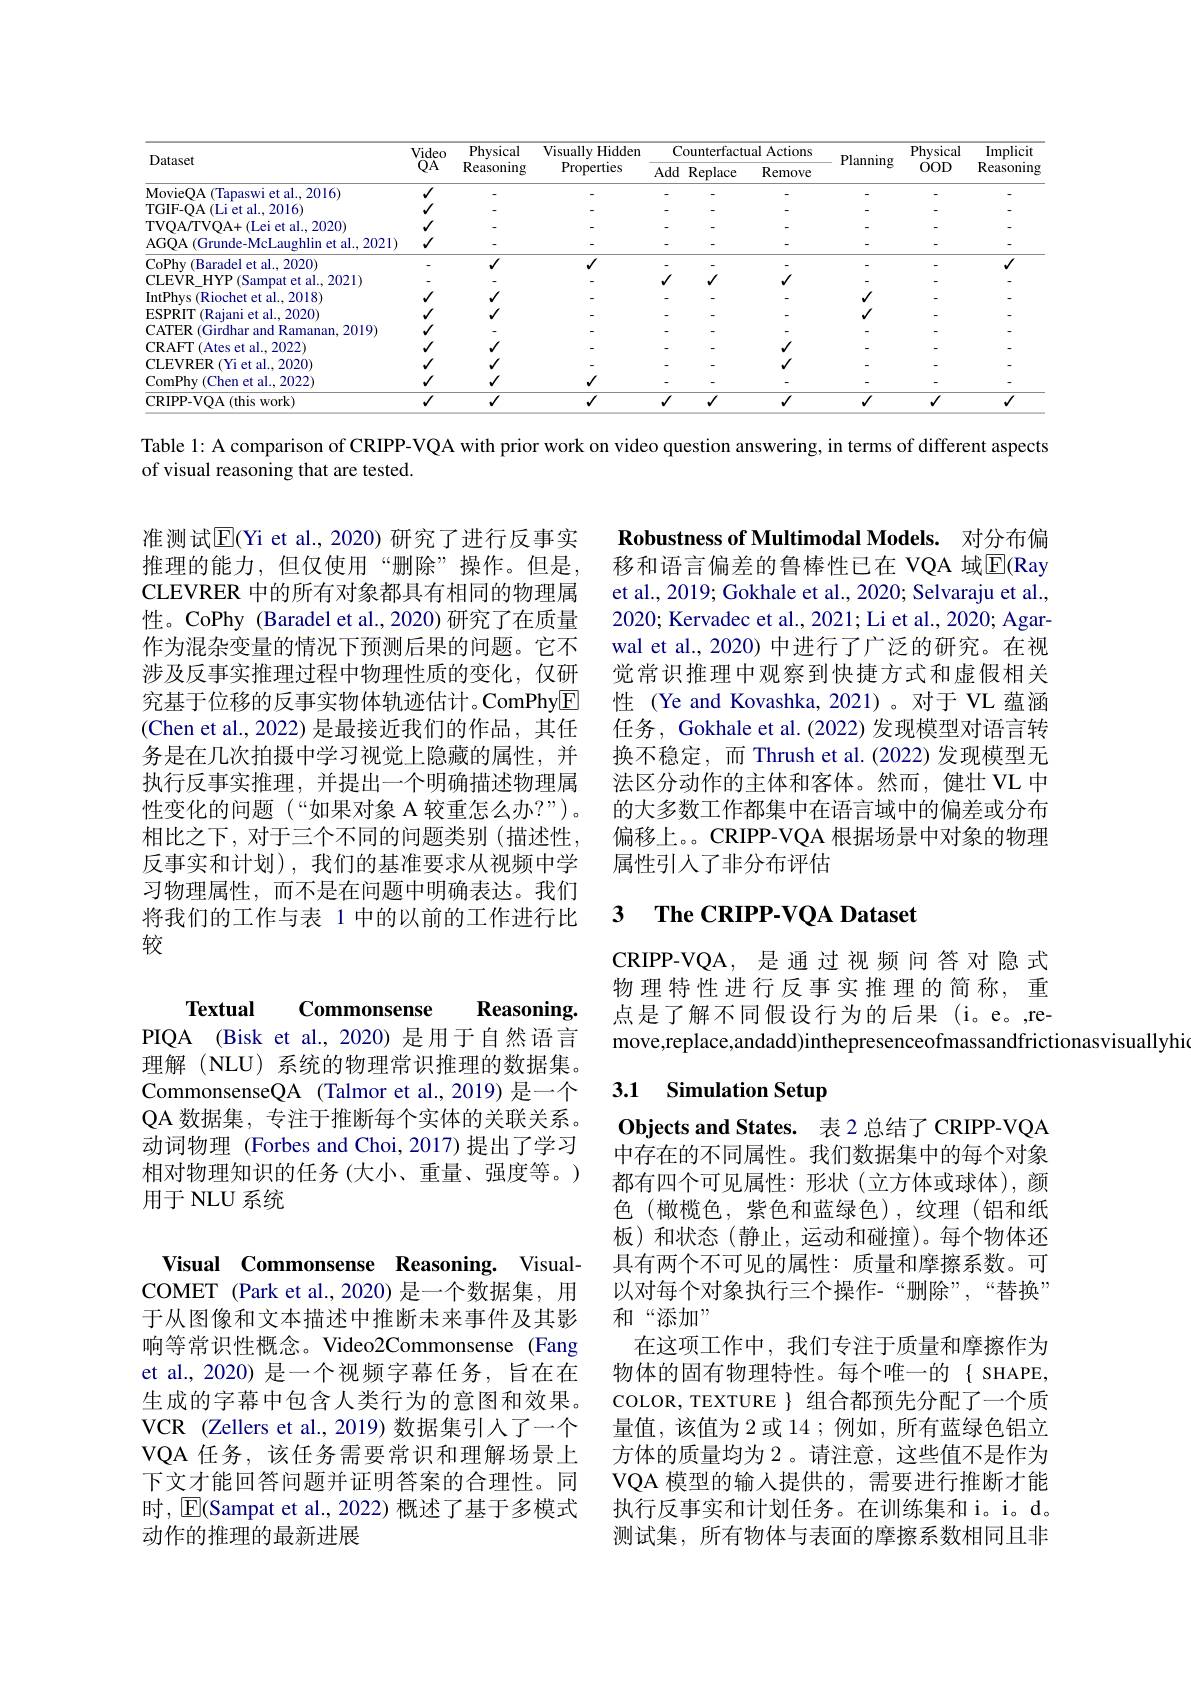
<table>
	<tbody>
		<tr>
			<th rowspan="2">Dataset</th>
			<th rowspan="2">Video $QA$</th>
			<th rowspan="2">Physical Reasoning</th>
			<th rowspan="2">Visually H Hidden Properties</th>
			<th colspan="3">Counterfactual Actions</th>
			<th rowspan="2">Planning</th>
			<th rowspan="2">Physical $00D$</th>
			<th rowspan="2">$\operatorname{Implicit}$ Reasoning</th>
		</tr>
		<tr>
			<th>Add</th>
			<th>Replace</th>
			<th>Remove</th>
		</tr>
		<tr>
			<td>MovieOA (Tapaswi et al..2016)</td>
			<td>$√$</td>
			<td> </td>
			<td> </td>
			<td> </td>
			<td> </td>
			<td> </td>
			<td> </td>
			<td> </td>
			<td> </td>
		</tr>
		<tr>
			<td>TGIF-OA(Li et al., 2016)</td>
			<td>$\checkmark$</td>
			<td> </td>
			<td> </td>
			<td>-</td>
			<td> </td>
			<td> </td>
			<td> </td>
			<td> </td>
			<td> </td>
		</tr>
		<tr>
			<td>TVOA/TVOA+(Lei et al., 2020)</td>
			<td>$\checkmark$</td>
			<td> </td>
			<td> </td>
			<td>-</td>
			<td> </td>
			<td> </td>
			<td> </td>
			<td> </td>
			<td> </td>
		</tr>
		<tr>
			<td>AGQA (Grunde-McLaughlin et al., 2021)</td>
			<td>$√$</td>
			<td> </td>
			<td> </td>
			<td>-</td>
			<td> </td>
			<td> </td>
			<td> </td>
			<td> </td>
			<td> </td>
		</tr>
		<tr>
			<td>CoPhy ( Baradel et al. , 2020) </td>
			<td> </td>
			<td>$√$</td>
			<td>$√$</td>
			<td> </td>
			<td> </td>
			<td> </td>
			<td> </td>
			<td> </td>
			<td>$√$</td>
		</tr>
		<tr>
			<td>CLEVR HYP (Sampat et al., 2021)</td>
			<td> </td>
			<td> </td>
			<td> </td>
			<td>$√$</td>
			<td>$√$</td>
			<td>$√$</td>
			<td> </td>
			<td> </td>
			<td> </td>
		</tr>
		<tr>
			<td>IntPhys (Riochet et al..2018</td>
			<td>$\checkmark$</td>
			<td>$√$</td>
			<td> </td>
			<td> </td>
			<td> </td>
			<td> </td>
			<td>$√$</td>
			<td> </td>
			<td> </td>
		</tr>
		<tr>
			<td>$-NPK$ t 21 2020</td>
			<td>$√$</td>
			<td>$√$</td>
			<td> </td>
			<td> </td>
			<td> </td>
			<td> </td>
			<td>$√$</td>
			<td> </td>
			<td> </td>
		</tr>
		<tr>
			<td>CATER (Girdhar and Ramanan, 2019)</td>
			<td>$\checkmark$</td>
			<td> </td>
			<td> </td>
			<td> </td>
			<td> </td>
			<td> </td>
			<td> </td>
			<td> </td>
			<td> </td>
		</tr>
		<tr>
			<td>CRAFT ( Ates et al. , 2022</td>
			<td>$\checkmark$</td>
			<td>$√$</td>
			<td> </td>
			<td> </td>
			<td> </td>
			<td>$√$</td>
			<td> </td>
			<td> </td>
			<td> </td>
		</tr>
		<tr>
			<td>CLEVRER (Yi et al..2020)</td>
			<td>$\checkmark$</td>
			<td>$√$</td>
			<td> </td>
			<td> </td>
			<td> </td>
			<td>$√$</td>
			<td> </td>
			<td> </td>
			<td> </td>
		</tr>
		<tr>
			<td>ComPhy ( Chen et al. , 2022</td>
			<td>$√$</td>
			<td>$√$</td>
			<td>$√$</td>
			<td> </td>
			<td> </td>
			<td> </td>
			<td> </td>
			<td> </td>
			<td> </td>
		</tr>
		<tr>
			<td>CRIPP- VOA ( this work) </td>
			<td>$\overline{V}$</td>
			<td>$√$</td>
			<td>$√$</td>
			<td>$\overline{J}$</td>
			<td>$√$</td>
			<td>$√$</td>
			<td>$√$</td>
			<td>$\overline{V}$</td>
			<td>$√$</td>
		</tr>
	</tbody>
</table>

Table 1: A comparison of CRIPP-VQA with prior work on video question answering, in terms of different aspects
of visual reasoning that are tested.

Robustness of Multimodal Models. 对分布偏移和语言偏差的鲁棒性已在 VQA 域$\overline{\mathrm{E}}($Ray et al., 2019; Gokhale et al., 2020; Selvaraju et al., 2020; Kervadec et al., 2021; Li et al., 2020; Agarwal et al., 2020) 中进行了广泛的研究。在视觉常识推理中观察到快捷方式和虚假相关性 (Ye and Kovashka, 2021)。对于 VL 蕴涵任务，Gokhale et al.(2022)发现模型对语言转换不稳定，而 Thrush et al.(2022)发现模型无法区分动作的主体和客体。然而，健壮 VL 中的大多数工作都集中在语言域中的偏差或分布偏移上。。CRIPP-VQA 根据场景中对象的物理属性引人了非分布评估

准测试$\overline{\mathbb{E}}$(Yi et al., 2020) 研究了进行反事实推理的能力，但仅使用“删除”操作。但是， CLEVRER 中的所有对象都具有相同的物理属性。CoPhy (Baradel et al.,2020)研究了在质量作为混杂变量的情况下预测后果的问题。它不涉及反事实推理过程中物理性质的变化，仅研究基于位移的反事实物体轨迹估计。ComPhy$\boxed{\mathrm{E}}$ (Chen et al., 2022) 是最接近我们的作品，其任务是在几次拍摄中学习视觉上隐藏的属性，并执行反事实推理，并提出一个明确描述物理属性变化的问题(“如果对象 A 较重怎么办？”)。相比之下，对于三个不同的问题类别(描述性， 反事实和计划),我们的基准要求从视频中学习物理属性，而不是在问题中明确表达。我们将我们的工作与表 1 中的以前的工作进行比较

### 3 $\textbf{The CRIPP- VOA Dataset}$

CRIPP-VQA, 是通过视频问答对隐式物理特性进行反事实推理的简称，重点是了解不同假设行为的后果(i。e。,remove,replace,andadd)inthepresenceofmassandfrictionasvisuallyhi

Textual Commonsense Reasoning

### 3.1 Simulation Setup

PIQA (Bisk et al.,2020)是用于自然语言理解(NLU)系统的物理常识推理的数据集。CommonsenseQA (Talmor et al., 2019) 是一个$QA$数据集，专注于推断每个实体的关联关系。动词物理 (Forbes and Choi, 2017)提出了学习相对物理知识的任务 (大小、重量、强度等。) 用于 NLU 系统

Objects and States. 表 2 总结了 CRIPP-VQA 中存在的不同属性。我们数据集中的每个对象都有四个可见属性：形状(立方体或球体), 颜色 (橄榄色，紫色和蓝绿色),纹理 (铝和纸板)和状态(静止，运动和碰撞)。每个物体还具有两个不可见的属性：质量和摩擦系数。可以对每个对象执行三个操作-“删除”,“替换” 和“添加”
在这项工作中，我们专注于质量和摩擦作为物体的固有物理特性。每个唯一的{SHAPE, COLOR, TEXTURE $\}$组合都预先分配了一个质量值，该值为2或14；例如，所有蓝绿色铝立方体的质量均为 2。请注意，这些值不是作为VQA 模型的输入提供的，需要进行推断才能执行反事实和计划任务。在训练集和 i。d。测试集，所有物体与表面的摩擦系数相同且非

Visual Commonsense Reasoning. VisualCOMET (Park et al.,2020) 是一个数据集，用于从图像和文本描述中推断未来事件及其影响等常识性概念。Video2Commonsense (Fang et al., 2020) 是一个视频字幕任务，旨在在生成的字幕中包含人类行为的意图和效果。VCR (Zellers et al., 2019) 数据集引入了一个VQA 任务，该任务需要常识和理解场景上下文才能回答问题并证明答案的合理性。同时，$\overline{\mathbb{E}}($Sampat et al., 2022) 概述了基于多模式动作的推理的最新进展